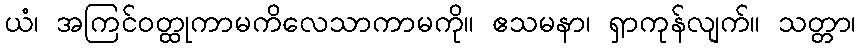
ယံ၊ အကြင်ဝတ္ထုကာမကိလေသာကာမကို။ ဧသမနာ၊ ရှာကုန်လျက်။ သတ္တာ၊